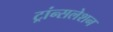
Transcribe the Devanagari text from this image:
ट्रांन्सलेशन